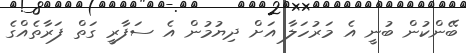
ބޭންކުން ބުނީ އެ މަރުހަލާ އަށް ދިޔުމުން އެ ސަފާރީ ގަތް ފަރާތެއްގެ